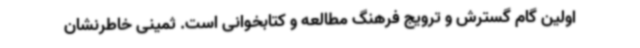
اولین گام گسترش و ترویج فرهنگ مطالعه و کتابخوانی است. ثمینی خاطرنشان